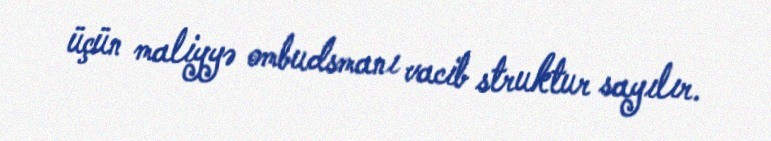
üçün maliyyə ombudsmanı vacib struktur sayılır.